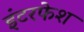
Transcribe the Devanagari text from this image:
इंटरफेश